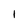
Character: 1